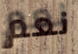
نعم